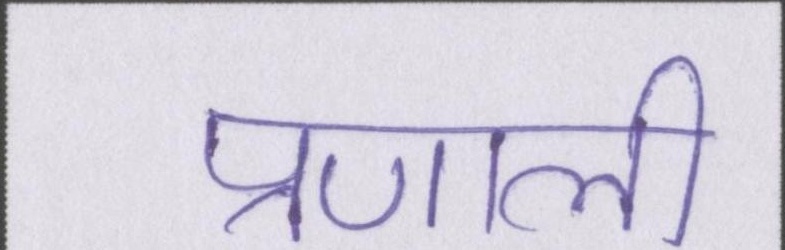
प्रणाली